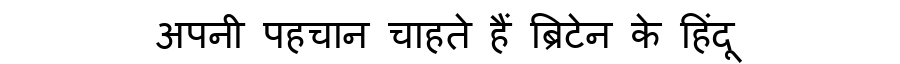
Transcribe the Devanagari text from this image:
अपनी पहचान चाहते हैं ब्रिटेन के हिंदू